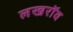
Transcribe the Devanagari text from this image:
लखरॉव